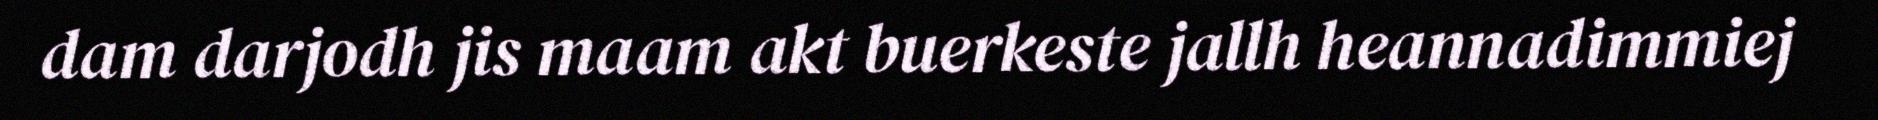
dam darjodh jis maam akt buerkeste jallh heannadimmiej